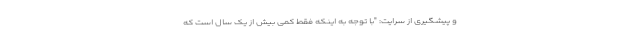
و پیشگیری از سرایت: "با توجه به اینکه فقط کمی بیش از یک سال است که